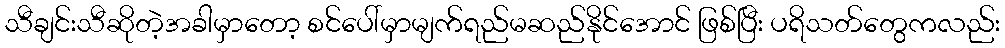
သီချင်းသီဆိုတဲ့အခါမှာတော့ စင်ပေါ်မှာမျက်ရည်မဆည်နိုင်အောင် ဖြစ်ပြီး ပရိသတ်တွေကလည်း